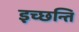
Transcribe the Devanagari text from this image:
इच्छन्ति